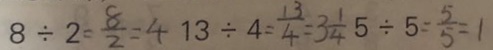
8 \div 2 = \frac { 8 } { 2 } = 4 1 3 \div 4 = \frac { 1 3 } { 4 } = 3 \frac { 1 } { 4 } 5 \div 5 = \frac { 5 } { 5 } = 1